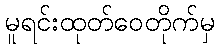
မူရင်းထုတ်ဝေတိုက်မှ